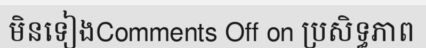
មិនទៀងComments Off on ប្រសិទ្ធភាព